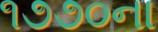
૧૭૭૦ના